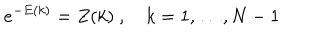
e ^ { - E ( k ) } = Z ( k ) \ , k = 1 , \ldots , N - 1